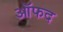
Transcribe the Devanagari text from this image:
ऑफद